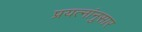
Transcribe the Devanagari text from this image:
प्रयत्नांनुसार